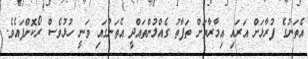
އެތަނުގެ ފުރާޅަށް އަރައި އިމާރާތަށް ތަފާތު ގެއްލުންތައްދީ އެތަނުގައި ވަނީ ހުޅުވެސް ރޯކޮށްފައެވެ.